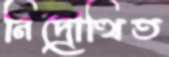
নিদ্রোত্থিত